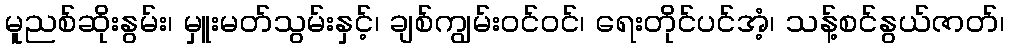
မူညစ်ဆိုးနွမ်း၊ မှူးမတ်သွမ်းနှင့်၊ ချစ်ကျွမ်းဝင်ဝင်၊ ရေးတိုင်ပင်အံ့၊ သန့်စင်နွယ်ဇာတ်၊